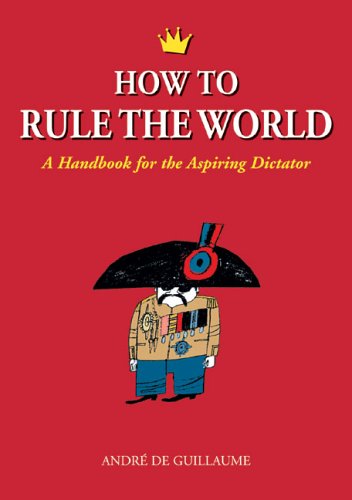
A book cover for How to Rule the World: A Handbook for the Aspiring Dictator; AndrÃ© de Guillaume; Humor & Entertainment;